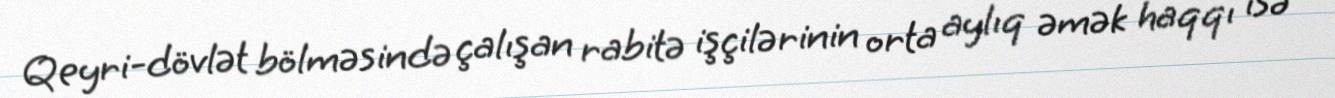
Qeyri-dövlət bölməsində çalışan rabitə işçilərinin orta aylıq əmək haqqı isə